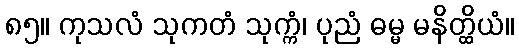
၈၅။ ကုသလံ သုကတံ သုက္ကံ၊ ပုညံ ဓမ္မ မနိတ္ထိယံ။